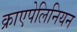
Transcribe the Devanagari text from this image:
क्राएपेलिनियन